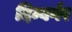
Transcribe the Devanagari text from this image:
दिम्बर्गर